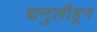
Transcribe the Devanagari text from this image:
धनुलीहून